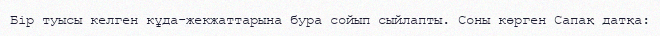
Бір туысы келген кұда-жекжаттарына бура сойып сыйлапты. Соны көрген Сапақ датқа: